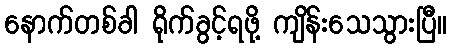
နောက်တစ်ခါ ရိုက်ခွင့်ရဖို့ ကျိန်းသေသွားပြီ။